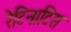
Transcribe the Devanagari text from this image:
रेटिनाटिस